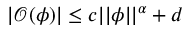
\begin{array} { r } { \vert \mathcal { O } ( \phi ) \vert \leq c \vert \vert \phi \vert \vert ^ { \alpha } + d } \end{array}